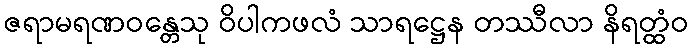
ဇရာမရဏဝန္တေသု ဝိပါကဖလံ သာရဋ္ဌေန တဿီလာ နိရတ္ထံဝ